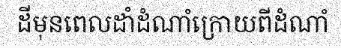
ដីមុនពេលដាំដំណាំក្រោយពីដំណាំ